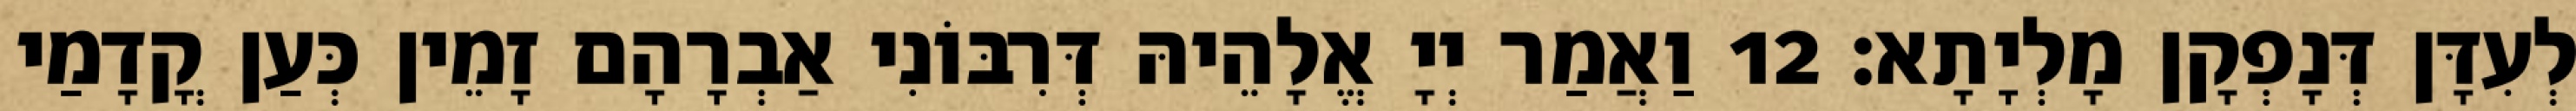
לְעִדָּן דְּנָפְקָן מָלְיָתָא׃ 12 וַאֲמַר יְיָ אֱלָהֵיהּ דְּרִבּוֹנִי אַבְרָהָם זָמֵין כְּעַן קֳדָמַי